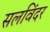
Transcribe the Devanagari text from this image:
सलविंदर